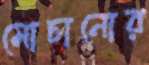
মোচানোর